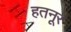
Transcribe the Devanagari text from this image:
हतनूर